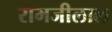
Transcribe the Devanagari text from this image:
रामजीलाल